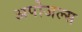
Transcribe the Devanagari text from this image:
अपोजल्स